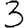
Digit: 3